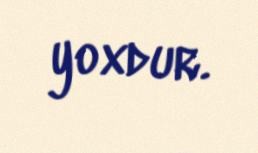
yoxdur.